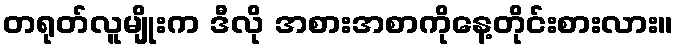
တရုတ်လူမျိုးက ဒီလို အစားအစာကိုနေ့တိုင်းစားလား။